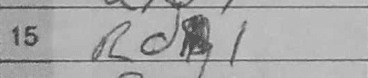
Transcription: Rd1